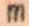
m